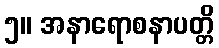
၅။ အနာရောစနာပတ္တိ